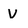
Character: V